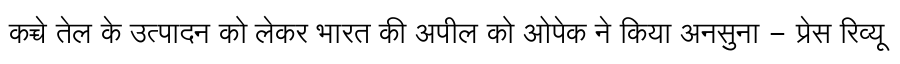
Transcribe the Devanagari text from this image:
कच्चे तेल के उत्पादन को लेकर भारत की अपील को ओपेक ने किया अनसुना - प्रेस रिव्यू